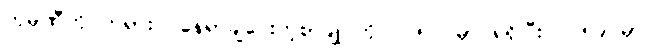
ကုမ္ပဏီကို တရားဝင်နေရာချပေးတဲ့စာချုပ်ကို ၁၇၅၇ မှာ ရရှိပြီး ၁၇၅၉ မှာ